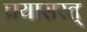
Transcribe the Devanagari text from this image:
प्रयासरत्